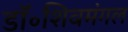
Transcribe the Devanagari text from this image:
डॉ॰शिवमंगल